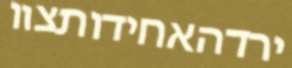
ירדהאחידותצוו